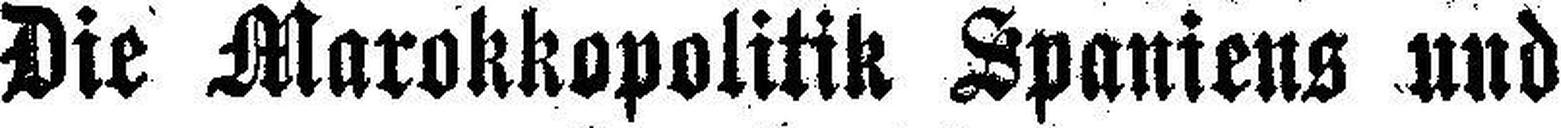
Die Marokkopolitik Spaniens und